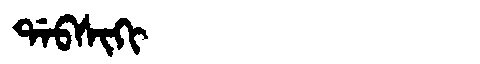
Manchu: ᡩᠠᠪᠰᡳᡴᡳ
Romanization: DABSIKI